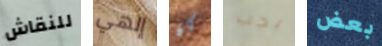
للنقاش إلهي كان يجب بعض